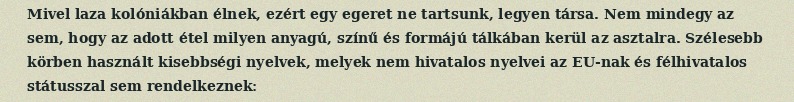
Mivel laza kolóniákban élnek, ezért egy egeret ne tartsunk, legyen társa. Nem mindegy az sem, hogy az adott étel milyen anyagú, színű és formájú tálkában kerül az asztalra. Szélesebb körben használt kisebbségi nyelvek, melyek nem hivatalos nyelvei az EU-nak és félhivatalos státusszal sem rendelkeznek: